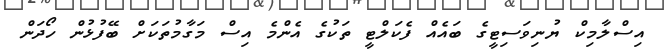
އިސްލާމިކް ޔުނިވަސިޓީގެ ބައެއް ފެކަލްޓީ ތަކުގެ އެންމެ އިސް މަގާމުތަކަށް ބޭފުޅުން ހޯދަން